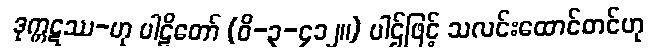
ဒုက္ကဋဿ-ဟု ပါဠိတော် (ဝိ-၃-၄၁၂။) ပါဌ်ဖြင့် သလင်းထောင်တင်ဟု